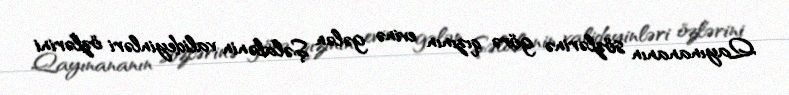
Qayınananın sözlərinə görə qızının evinə gələn Şəlalənin valideyinləri özlərini